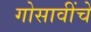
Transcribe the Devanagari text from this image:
गोसावींचे